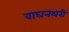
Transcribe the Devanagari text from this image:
वाघनथरी